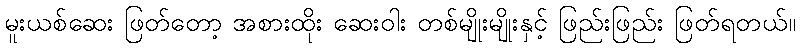
မူးယစ်ဆေး ဖြတ်တော့ အစားထိုး ဆေးဝါး တစ်မျိုးမျိုးနှင့် ဖြည်းဖြည်း ဖြတ်ရတယ်။